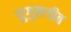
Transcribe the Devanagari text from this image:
युगुलगीत